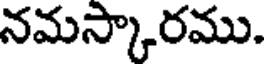
నమస్కారము.